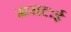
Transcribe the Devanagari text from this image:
मराटःई